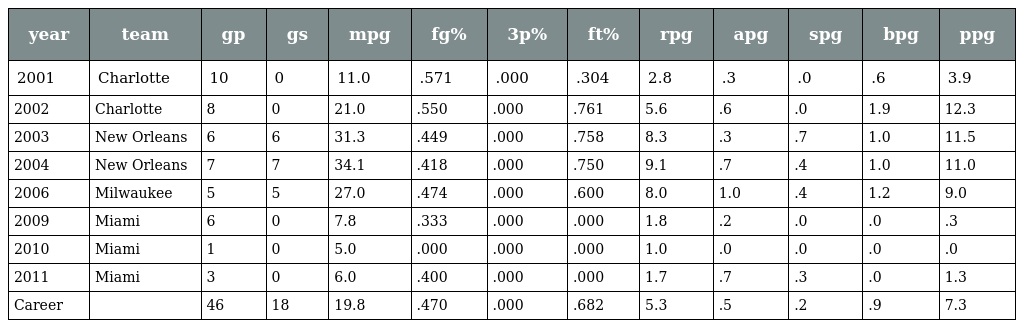
| year | team | gp | gs | mpg | fg% | 3p% | ft% | rpg | apg | spg | bpg | ppg |
 | --- | --- | --- | --- | --- | --- | --- | --- | --- | --- | --- | --- | --- |
 | 2001 | Charlotte | 10 | 0 | 11.0 | .571 | .000 | .304 | 2.8 | .3 | .0 | .6 | 3.9 |
 | 2002 | Charlotte | 8 | 0 | 21.0 | .550 | .000 | .761 | 5.6 | .6 | .0 | 1.9 | 12.3 |
 | 2003 | New Orleans | 6 | 6 | 31.3 | .449 | .000 | .758 | 8.3 | .3 | .7 | 1.0 | 11.5 |
 | 2004 | New Orleans | 7 | 7 | 34.1 | .418 | .000 | .750 | 9.1 | .7 | .4 | 1.0 | 11.0 |
 | 2006 | Milwaukee | 5 | 5 | 27.0 | .474 | .000 | .600 | 8.0 | 1.0 | .4 | 1.2 | 9.0 |
 | 2009 | Miami | 6 | 0 | 7.8 | .333 | .000 | .000 | 1.8 | .2 | .0 | .0 | .3 |
 | 2010 | Miami | 1 | 0 | 5.0 | .000 | .000 | .000 | 1.0 | .0 | .0 | .0 | .0 |
 | 2011 | Miami | 3 | 0 | 6.0 | .400 | .000 | .000 | 1.7 | .7 | .3 | .0 | 1.3 |
 | Career |  | 46 | 18 | 19.8 | .470 | .000 | .682 | 5.3 | .5 | .2 | .9 | 7.3 |